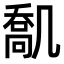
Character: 𠙪